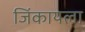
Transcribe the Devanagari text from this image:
जिंकायला